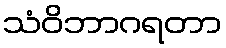
သံဝိဘာဂရတာ